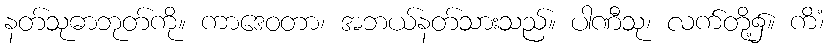
နတ်သုဓာဘုတ်ကို။ ကာဒေဝတာ၊ အဘယ်နတ်သားသည်။ ပါဏီသု၊ လက်တို့၌။ ကိံ၊